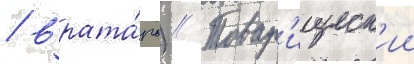
/ врата́рь) // Товар'ищеск'ии